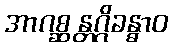
အာဂစ္ဆန္တဂ္ဂိခန္ဓာဝ